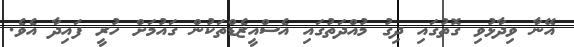
އޭނާ ވިދާޅުވި ގޮތުގައި ދިގު މުއްދަތުގައި އެސްއީޒެޑްތަކުން ގައުމަށް ހުރީ ފައިދާ އެވެ.